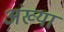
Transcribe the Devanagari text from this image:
अंख्या